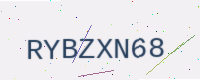
Text: RYBZXN68